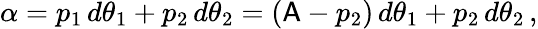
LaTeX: \alpha=p_{1}\, d\theta_{1}+p_{2}\, d\theta_{2}=(\mathsf{A}-p_{2})\, d\theta_{1}+p_{2}\, d\theta_{2}\, ,